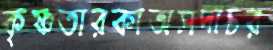
কৃষ্ণতারকাঅসদাচর